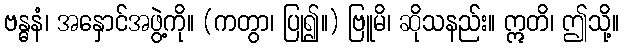
ဗန္ဓနံ၊ အနှောင်အဖွဲ့ကို။ (ကတွာ၊ ပြု၍။) ဗြူမိ၊ ဆိုသနည်း။ ဣတိ၊ ဤသို့။